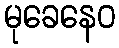
မုခေနေဝ